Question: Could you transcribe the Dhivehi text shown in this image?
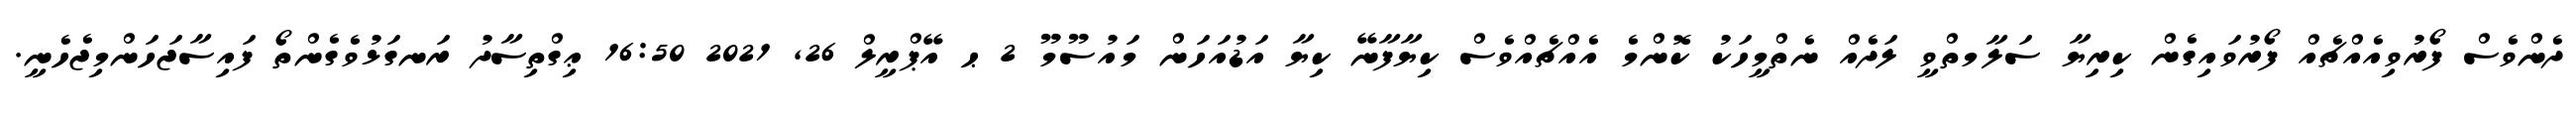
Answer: ދެންވެސް ފޯރުވިއެއްޗެއް ފޯރުވައިގެން ކިރިޔާ ސަލާމތްވީ ލަދެއް ނެތްމީހަކު ކޮންމެ އެއްޗެއްވެސް ކިޔާފާނޭ ކިޔާ އަޑުއަހަން މައުސޫމޫ 2 ޙ އޭޕްރީލް 26, 2021 16:50 ޢިގްތިސާދު ރަނގަޅުވެގެންތޯ ފައިސާޖަހަންމިޖެހެނީ.